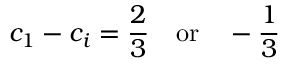
c _ { 1 } - c _ { i } = \frac { 2 } { 3 } \quad \mathrm { o r } \quad - \frac { 1 } { 3 }